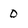
Character: 0